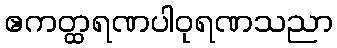
ဧကတ္ထရဏပါဝုရဏသညာ